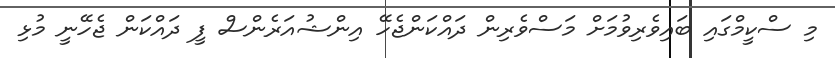
މި ސްކީމްގައި ބައިވެރިވުމަށް މަސްވެރިން ދައްކަންޖެހޭ އިންޝުއަރެންސް ފީ ދައްކަން ޖެހޭނީ މުޅި